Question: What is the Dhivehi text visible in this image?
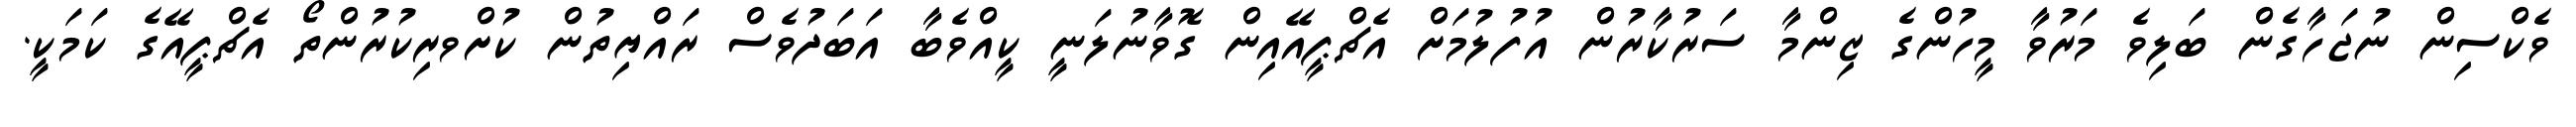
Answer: ވެކްސިން ނުޖަހާގެން ބަލިވެ މަރުވާ މީހުންގެ ޒިންމާ ސަރުކާރުން އުފުލުމަށް އެޗްޕީއޭއިން ގޮވާނުލަނީ ކީއްވެބާ އަބަދުވެސް ރައްޔިތުން ކުށްވރިކުރުންތޯ އެޗްޕީއޭގެ ކަމަކީ.